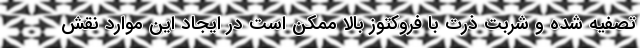
تصفیه شده و شربت ذرت با فروکتوز بالا ممکن است در ایجاد این موارد نقش